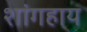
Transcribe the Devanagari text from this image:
शांगहाय